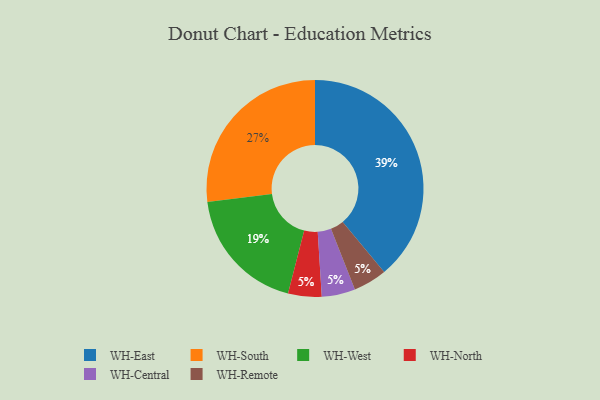
{"axis": {"x": "Category", "y": "Percentage"}, "legend": ["WH-Central", "WH-East", "WH-North", "WH-Remote", "WH-South", "WH-West"], "data": [{"x": "WH-West", "y": 19, "type": "WH-West"}, {"x": "WH-South", "y": 27, "type": "WH-South"}, {"x": "WH-North", "y": 5, "type": "WH-North"}, {"x": "WH-Central", "y": 5, "type": "WH-Central"}, {"x": "WH-East", "y": 39, "type": "WH-East"}, {"x": "WH-Remote", "y": 5, "type": "WH-Remote"}]}